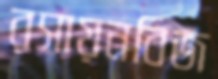
রসায়নবিজ